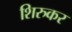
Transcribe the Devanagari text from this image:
शिरुकर